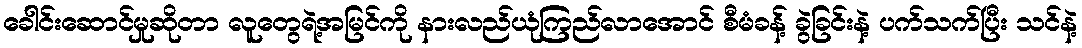
ခေါင်းဆောင်မှုဆိုတာ လူတွေရဲ့အမြင်ကို နားလည်ယုံကြည်လာအောင် စီမံခန့် ခွဲခြင်းနဲ့ ပက်သက်ပြီး သင်နဲ့